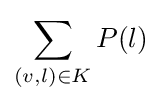
\sum _{(v,l)\in K}P(l)